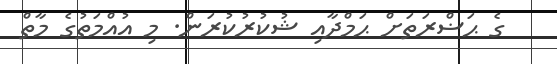
ގެ ޙަޟްރަތަށް ޙަމްދާއި ޝުކުރުކުރަން. މި އުއްމަތުގެ މާތް